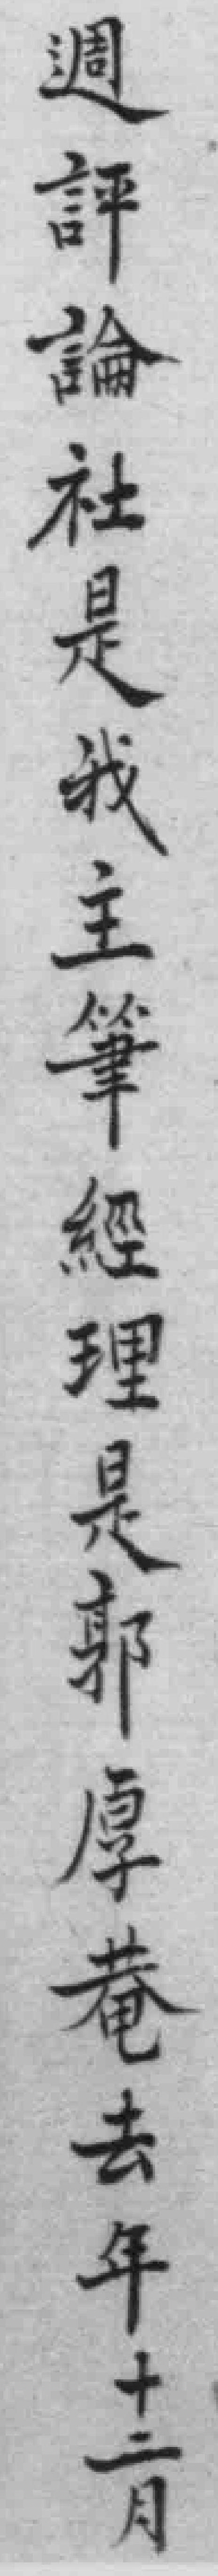
週評論社是我主筆經理是郭厚巷去年十二月